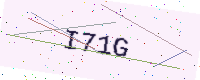
Text: I71G